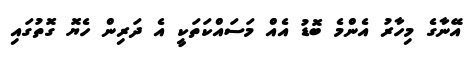
އޭނާގެ މިހާރު އެންމެ ބޮޑު އެއް މަސައްކަތަކީ އެ ދަރިން ހެޔޮ ގޮތުގައި